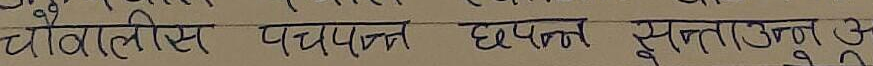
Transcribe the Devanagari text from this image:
चौवालीस पचपन्न छपन्न सन्ताउन्न अ